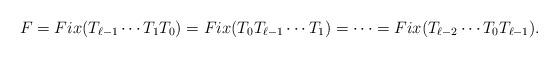
LaTeX: \begin{align*}F=Fix(T_{\ell-1}\cdots T_1T_0)= Fix(T_0 T_{\ell-1}\cdots T_1)=\cdots =Fix(T_{\ell-2}\cdots T_0 T_{\ell-1}).\end{align*}